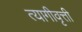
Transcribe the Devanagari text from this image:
त्यागीवृत्ती